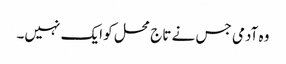
وہ آدمی جس نے تاج محل کو ایک نہیں۔